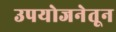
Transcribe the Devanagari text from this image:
उपयोजनेतून